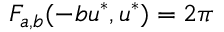
F _ { a , b } ( - b u ^ { * } , u ^ { * } ) = 2 \pi